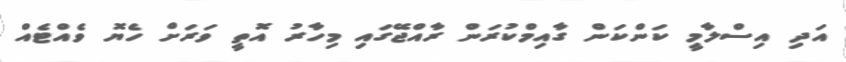
އަދި އިސްލާމީ ކަންކަން ގާއިމްކުރަން ރާއްޖޭގައި މިހާރު އޮތީ ވަރަށް ހެޔޮ ވެއްޓެއް